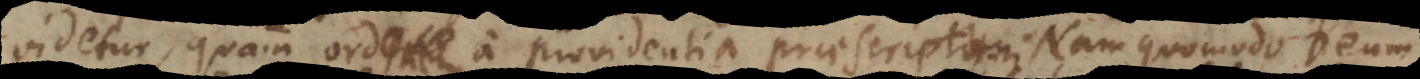
videtur, quam ordinem a providentia praescriptum. Nam quomodo Deum